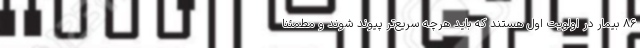
۸۶ بیمار در اولویت اول هستند که باید هرچه سریع‌تر پیوند شوند و مطمئنا